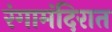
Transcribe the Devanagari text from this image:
रंगामंदिरात